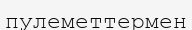
пулеметтермен